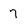
Character: 7